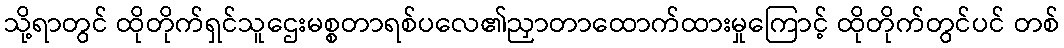
သို့ရာတွင် ထိုတိုက်ရှင်သူဌေးမစ္စတာရစ်ပလေ၏ညှာတာထောက်ထားမှုကြောင့် ထိုတိုက်တွင်ပင် တစ်